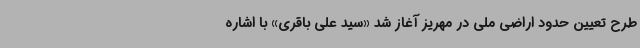
طرح تعیین حدود اراضی ملی در مهریز آغاز شد «سید علی باقری» با اشاره